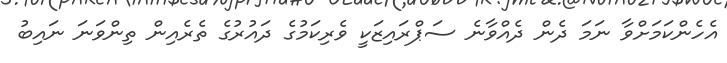
އެހެންކަމަށްވާ ނަމަ ދެން ދެއްވާނެ ސަޕްރައިޒަކީ ވެރިކަމުގެ ދައުރުގެ ތެރެއިން ތިންވަނަ ނައިބު